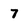
Character: 7